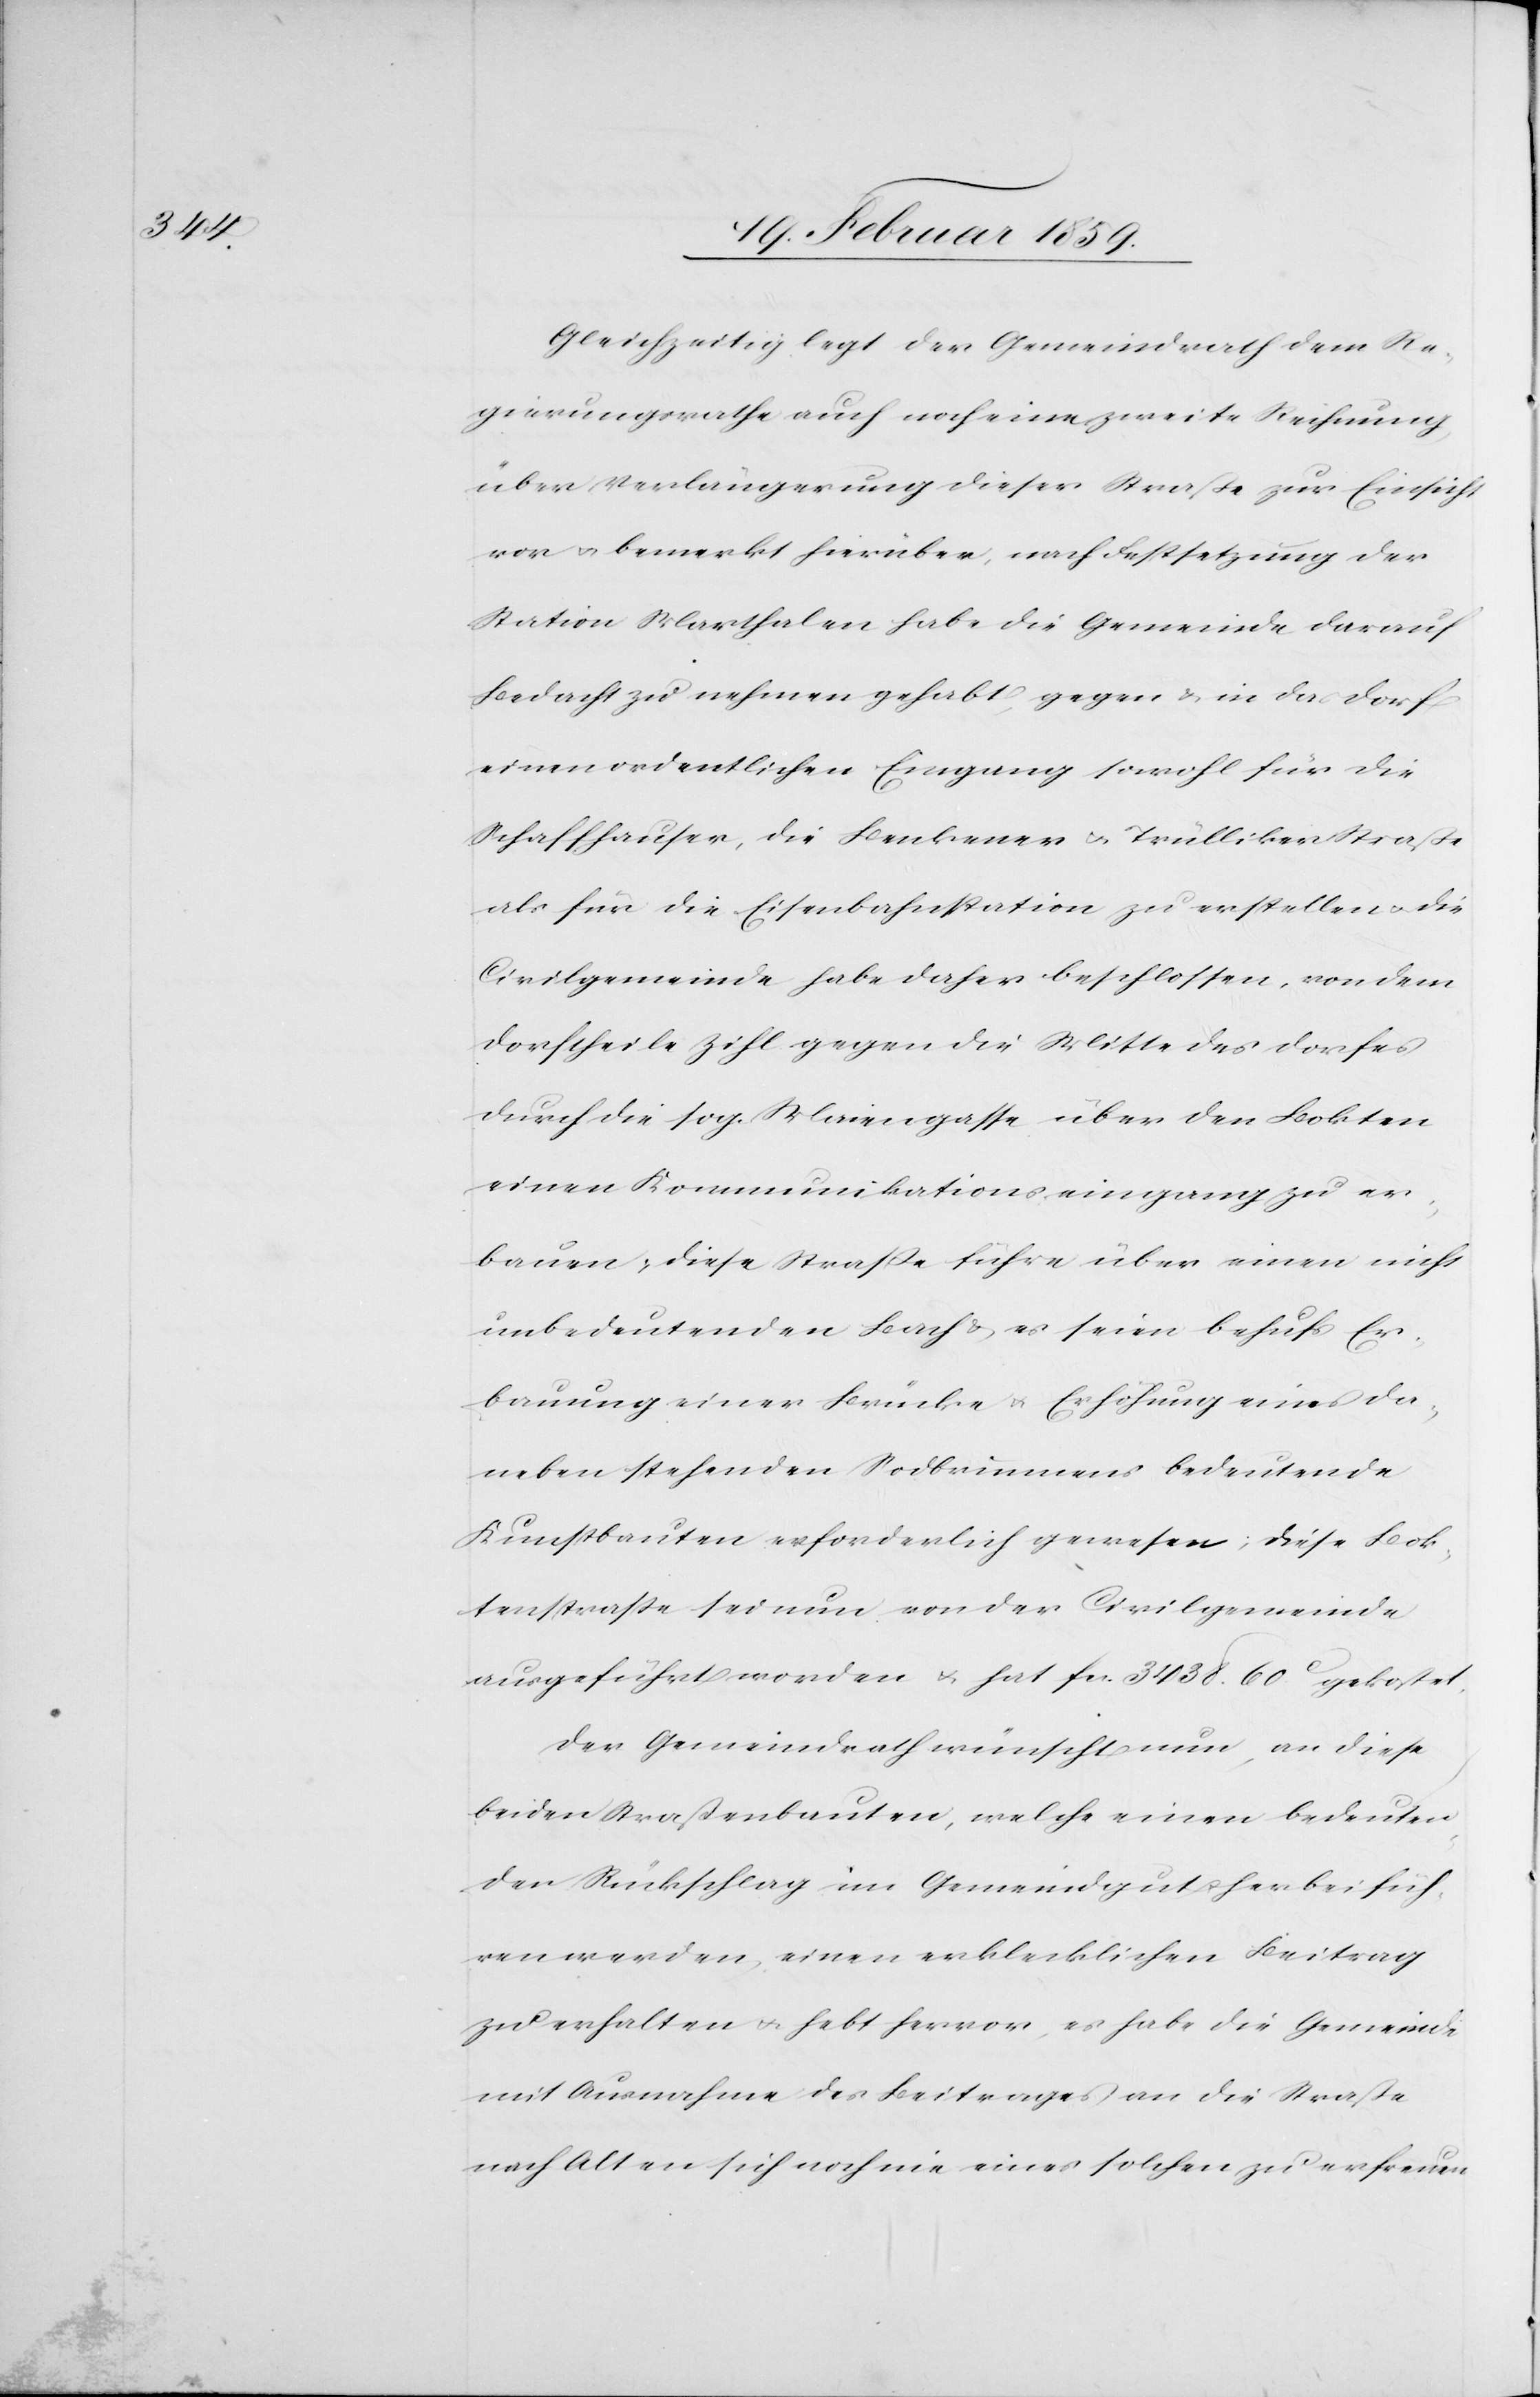
Gleichzeitig legt der Gemeindrath dem Re¬
gierungsrathe auch noch eine zweite Rechnung,
über Verlängerung dieser Straße zur Einsicht
vor u. bemerkt hierüber, nach Festsetzung der
Station Marthalen habe die Gemeinde darauf
Bedacht zu nehmen gehabt, gegen & in das Dorf
einen ordentlichen Eingang sowohl für die
Schaffhauser, die Benkener u. Trülliker-Straße
als für die Eisenbahnstation zu erstellen u. die
Civilgemeinde habe daher beschlossen, von dem
Dorftheile Zihl gegen die Mitte des Dorfes
durch die sog. Maiengasse über den Bokten
einen Kommunikationseingang zu er¬
bauen; diese Straße führe über einen nicht
unbedeutenden Bach & es seien behufs Er¬
bauung einer Brücke u. Erhöhung eines da¬
neben stehenden Sodbrunnens bedeutende
Kunstbauten erforderlich gewesen; diese Bok¬
tenstraße sei nun von der Civilgemeinde
ausgeführt worden u. hat fcs. 3438. 60 c gekostet.
Der Gemeindrath wünscht nun, an diese
beiden Straßenbauten, welche einen bedeuten¬
den Rückschlag im Gemeindgut herbeifüh¬
ren werden, einen erklecklichen Beitrag
zu erhalten u. hebt hervor, es habe die Gemeinde
mit Ausnahme des Beitrages an die Straße
nach Alten sich noch nie eines solchen zu erfreuen